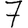
Digit: 7